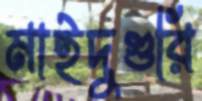
মাইদুগুরি